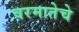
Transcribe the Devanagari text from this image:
वरमातेचे